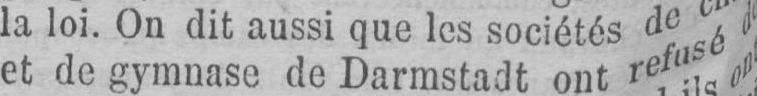
et de gymnase de Darmstadt ont refusé d